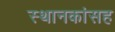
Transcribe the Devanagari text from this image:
स्थानकांसह